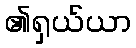
၏ရှယ်ယာ